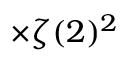
\times \zeta ( 2 ) ^ { 2 }